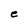
Character: e